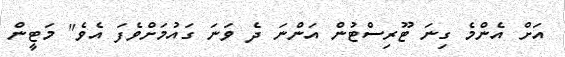
އަށް އެންމެ ގިނަ ޓޫރިސްޓުން އަންނަ ދެ ވަނަ ގައުމަށްވެފަ އެވެ" މަޓީން